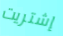
إشتريت